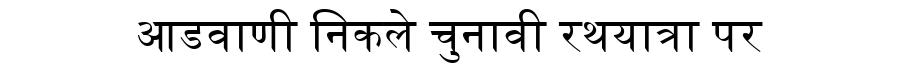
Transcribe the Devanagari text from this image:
आडवाणी निकले चुनावी रथयात्रा पर